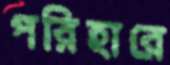
পরিহারে